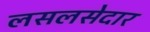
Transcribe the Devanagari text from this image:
लसलसेदार